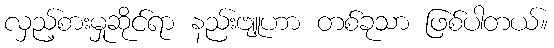
လှည့်စားမှုဆိုင်ရာ နည်းဗျူဟာ တစ်ခုသာ ဖြစ်ပါတယ်။